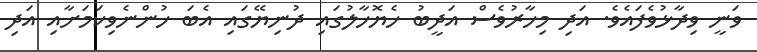
ވަނީ ވިދާޅުވެފައެވެ. އަދި މިހާރުވެސް އަދީބު ހެޔޮހާލުގައި ދުނިޔޭގައި އެބަ ހުންނެވިކަމަށާއި އަދި